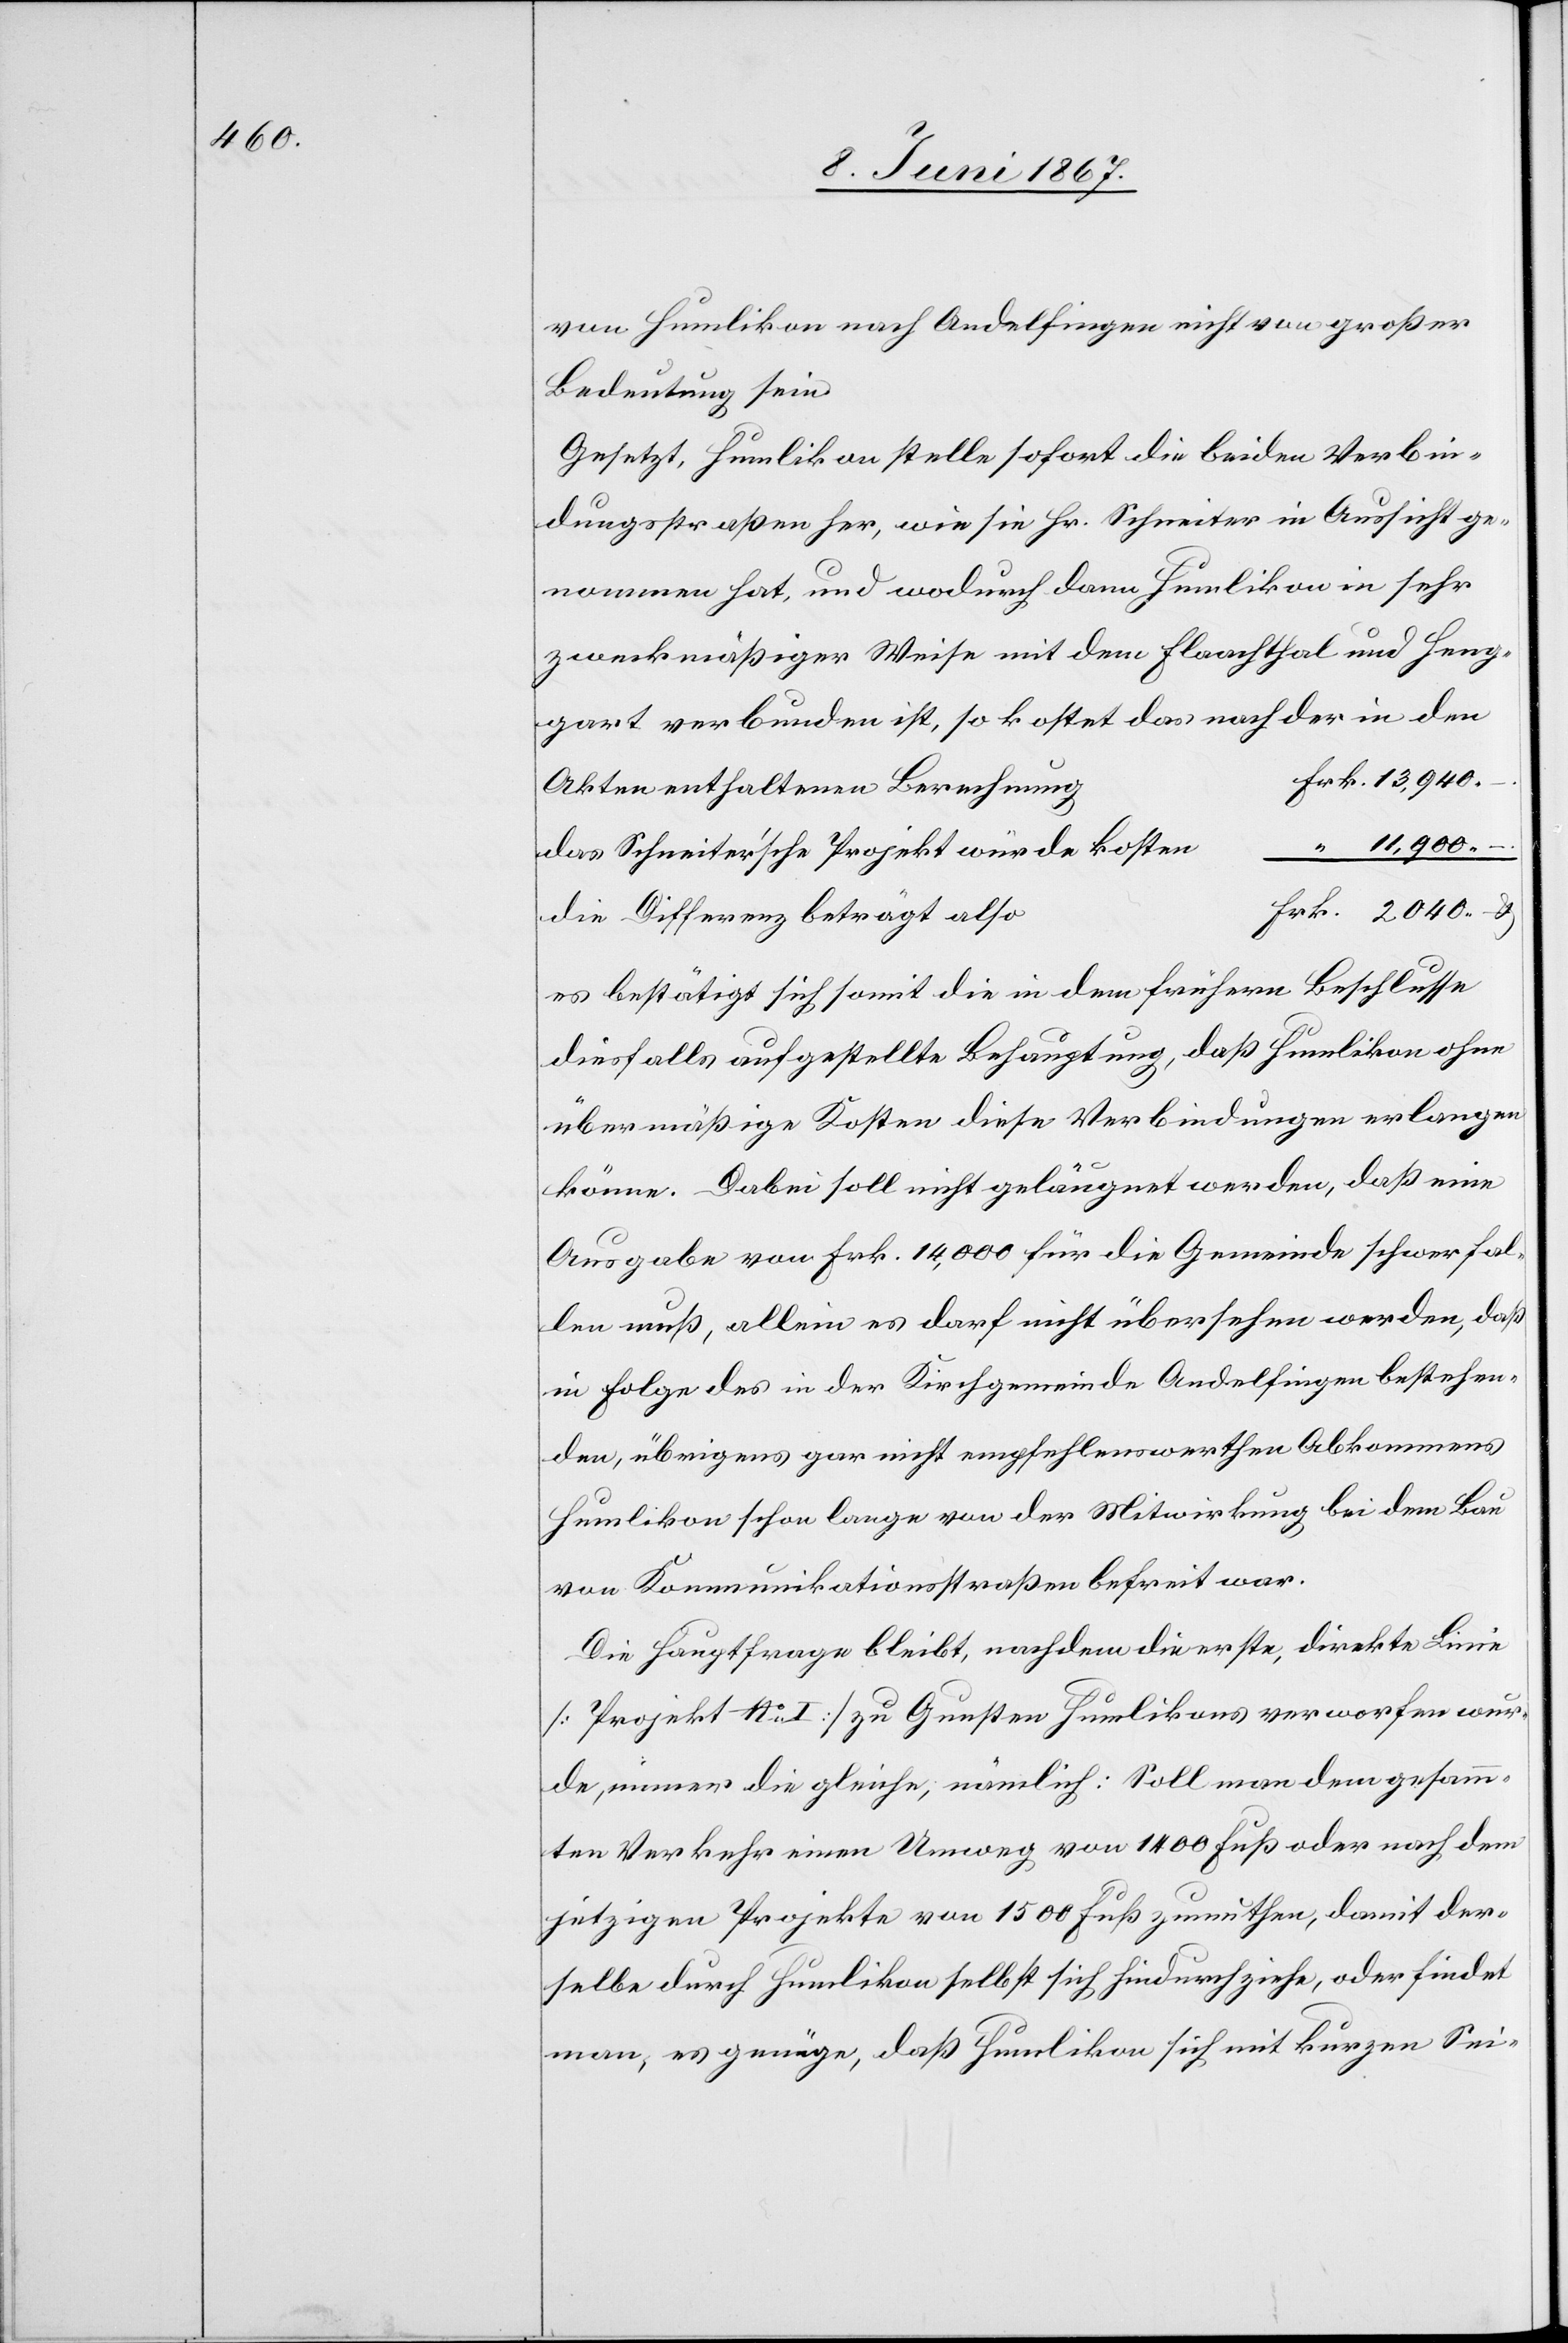
von Humlikon nach Andelfingen nicht von großer
Bedeutung sein.
Gesetzt, Humlikon stelle sofort die beiden Verbin¬
dungsstraßen her, wie sie Hr. Schneiter in Aussicht ge¬
nommen hat, und wodurch dann Humlikon in sehr
zweckmäßiger Weise mit dem Flaachthal und Heng¬
gart verbunden ist, so kostet das nach der in den
rk. 13,940.
Akten enthaltenen Berechnun¬
“ 11,900. –.
das Schneiter’sche Projekt würde koste¬
u.
rk. 2040. –
die Differenz beträgt als¬
es bestätigt sich somit die in dem frühern Beschlusse
diesfalls aufgestellte Behauptung, daß Humlikon ohne
übermäßige Kosten diese Verbindungen erlangen
könne. Dabei soll nicht geläugnet werden, daß eine
Ausgabe von Frk. 14,000 für die Gemeinde schwer fal¬
len muß, allein es darf nicht übersehen werden, daß
in Folge des in der Kirchgemeinde Andelfingen bestehen¬
den, übrigens gar nicht empfehlenswerthen Abkommens
Humlikon schon lange von der Mitwirkung bei dem Bau
von Kommunikationsstraßen befreit war.
Die Hauptfrage bleibt, nachdem die erste, direkte Linie
[Projekt No. I] zu Gunsten Humlikons verworfen wur¬
de, immer die gleiche, nämlich: soll man dem gesamm¬
ten Verkehr einen Umweg von 1400 Fuß oder nach dem
jetzigen Projekte von 1500 Fuß zumuthen, damit der¬
selbe durch Humlikon selbst sich hindurchziehe, oder findet
man, es genüge, daß Humlikon sich mit kurzen Sei-